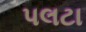
પલટા